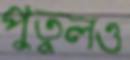
পুতুলও